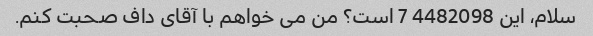
سلام، این 4482098 7 است؟ من می خواهم با آقای داف صحبت کنم.